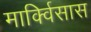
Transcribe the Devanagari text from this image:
मार्क्विसास